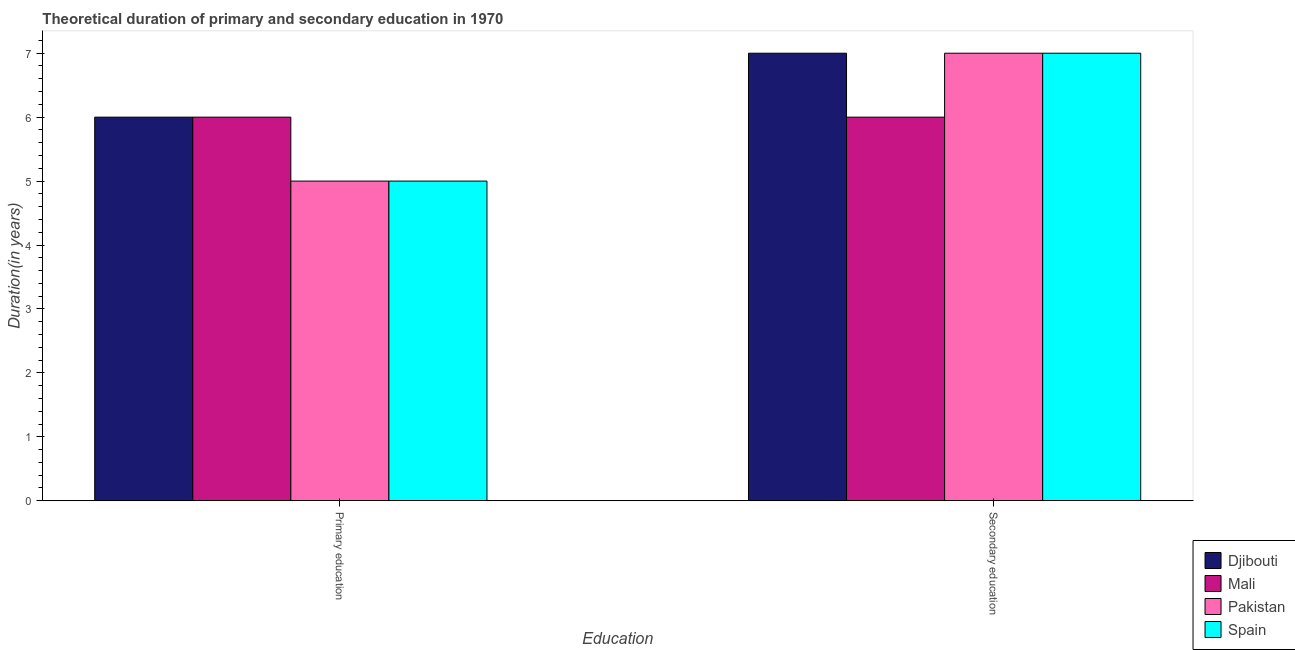
| Education | Djibouti | Mali | Pakistan | Spain |
 | --- | --- | --- | --- | --- |
 | Primary education | 6 | 6 | 5 | 5 |
 | Secondary education | 7 | 6 | 7 | 7 |